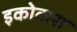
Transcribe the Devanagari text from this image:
इकोवास